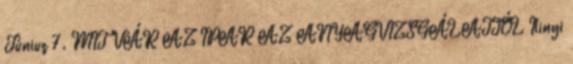
Június 7. MIT VÁR AZ IPAR AZ ANYAGVIZSGÁLATTÓL Ilinyi